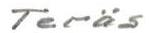
Teräs